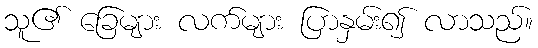
သူ၏ ခြေများ လက်များ ပြာနှမ်း၍ လာသည်။